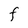
Character: F